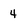
Character: 4